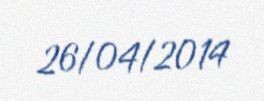
26/04/2014